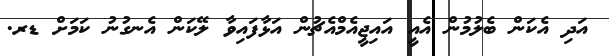
އަދި އެކަން ބެލުމުން އެއީ އައިޖީއެމްއެޗުން އަޅާފައިވާ ލޭކަން އެނގުނު ކަމަށް ޑރ.